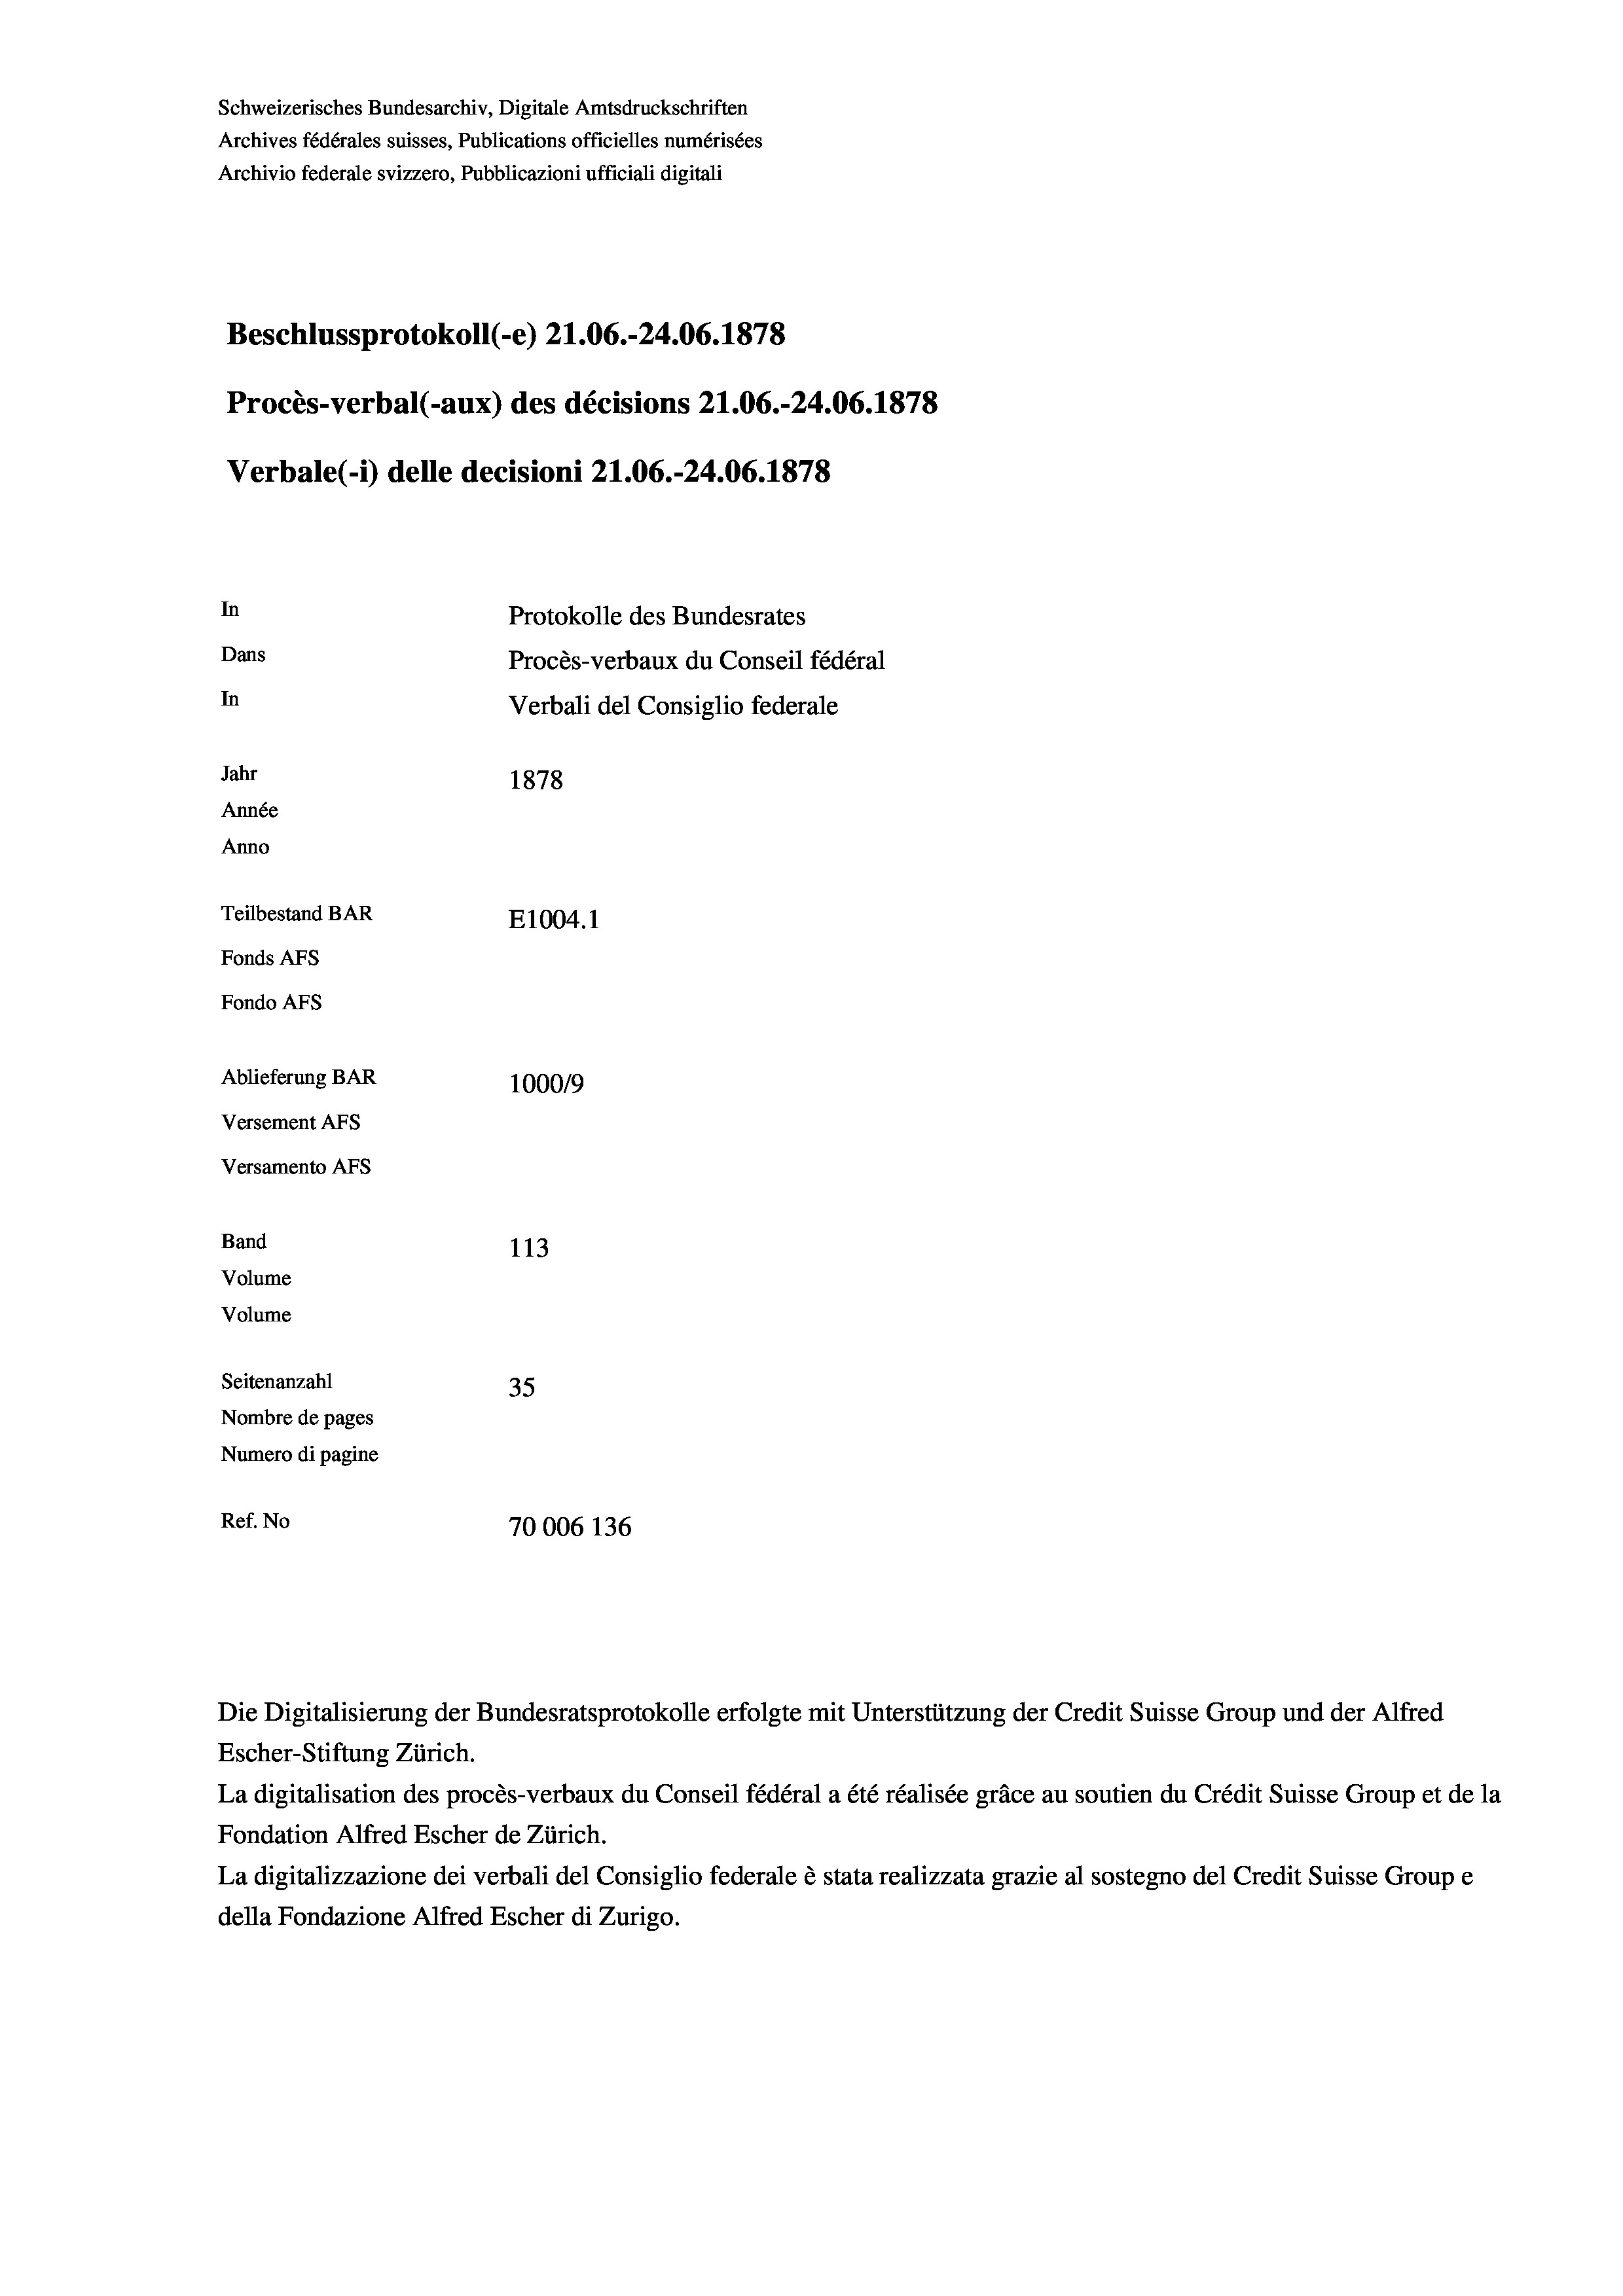
Schweizerisches Bundesarchiv, Digitale Amtsdruckschriften
Archives fédérales suisses, Publications officielles numérisées
Archivio federale svizzero, Pubblicazioni ufficiali digitali
Beschlussprotokoll (-e) 21.06.-24.06. 1878
Procès-verbal (-aux) des décisions Z1.06.-24.06. 1878
Verbale(-*) delle decisioni 21.06.-24.06. 1878
In
Protokolle des Bundesrates
Dans
Procès-verbaux du Conseil fédéral
In
Verbali del Consiglio federale
Jahr
1878
Année
Anno
Teilbestand BAR
E1004.1
Fonds AFs
Fondo AFs
Ablieferung BAR
100019
Versement AFs
Versamento Afs
Band
113
Volume
Volume
Seitenanzahl
35
Nombre de pages
Numero di pagine
Ref. No
70006 136

Escher-Stiftung Zürich.
La digitalisation des procès-verbaux du Conseil fédéral a été réalisée gräce au soutien du Crédit Suisse Group et de la
Fondation Alfred Escher de Zürich.
La digitalizzazione dei verbali del Consiglio federale è stata realizzata grazie al sostegno del Credit Suisse Groupe
della Fondazione Alfred Escher di Zurigo.

Die Digitalisierung der Bundesratsprotokolle erfolgte mit Unterstützung der Credit Suisse Group und der Alfred